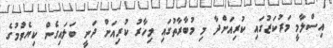
އިސްލާމީ މަރުކަޒުގައި ކުރިއަށްދާ މި މުބާރާތުގައި މިހާރު ކުރިއަށް ދަނީ ބަލައިގެން ކިޔެވުމުގެ